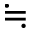
\fallingdotseq